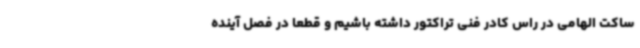
ساکت الهامی در راس کادر فنی تراکتور داشته باشیم و قطعا در فصل آینده